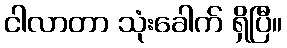
ငါလာတာ သုံးခေါက် ရှိပြီ။